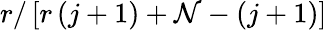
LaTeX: r/\left[r\left(j+1\right)+\mathcal{N}-\left(j+1\right)\right]